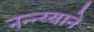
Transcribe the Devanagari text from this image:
नन्न्य्याने